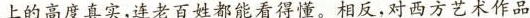
上的高度真实,连老百姓都能看得懂。相反,对西方艺术作品